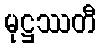
မုဋ္ဌဿတီ